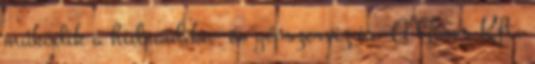
mûködik a hidraulika- és gépszerviz is. A Seres Kft.